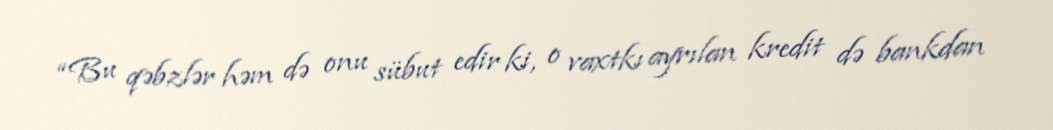
“Bu qəbzlər həm də onu sübut edir ki, o vaxtkı ayrılan kredit də bankdan